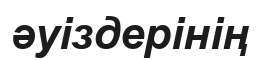
әуіздерінің